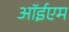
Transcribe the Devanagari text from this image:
ऑईएम